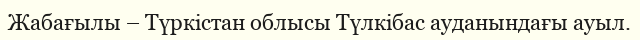
Жабағылы – Түркістан облысы Түлкібас ауданындағы ауыл.